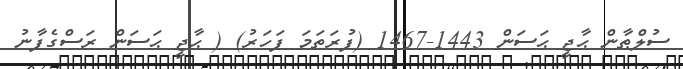
ސުލްޠާން ޙާޖީ ޙަސަން 1443-1467 (ފުރަތަމަ ފަހަރު) ( ޙާޖީ ޙަސަން ރަސްގެފާނު